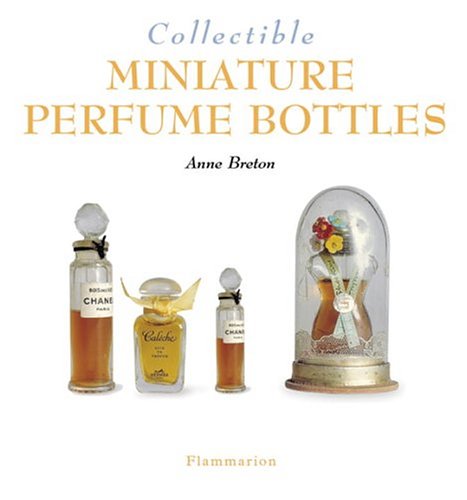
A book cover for Collectible Miniature Perfume Bottles (Collectibles); Anne Breton; Crafts, Hobbies & Home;